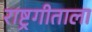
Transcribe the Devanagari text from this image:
राष्ट्रगीताला